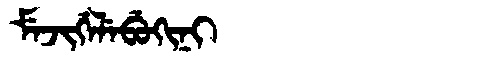
Manchu: ᠮᡝᠵᡳᡤᡝᠯᡝᠪᡠᡴᡳᠨᡳ
Romanization: MEJIGELEBUKINI